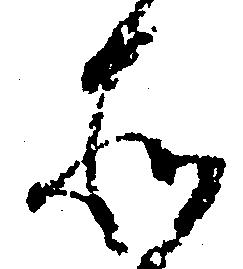
そ